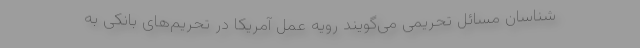
شناسان مسائل تحریمی می‌گویند رویه عمل آمریکا در تحریم‌های بانکی به